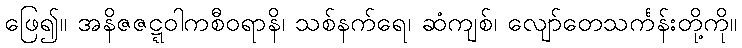
ဖြေ၍။ အနိဇဇဋ္ဋဝါကစီဝရာနိ၊ သစ်နက်ရေ၊ ဆံကျစ်၊ လျော်တေသင်္ကန်းတို့ကို။